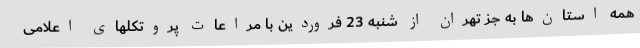
همه استان‌ها به جز تهران از شنبه 23 فروردین با مراعات پروتکلهای اعلامی